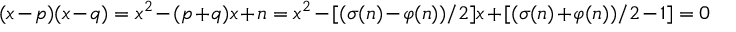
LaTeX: ( x - p ) ( x - q ) = x ^ { 2 } - ( p + q ) x + n = x ^ { 2 } - [ ( \sigma ( n ) - \varphi ( n ) ) / 2 ] x + [ ( \sigma ( n ) + \varphi ( n ) ) / 2 - 1 ] = 0